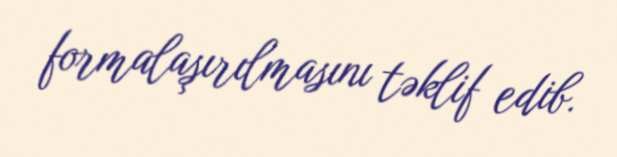
formalaşırılmasını təklif edib.